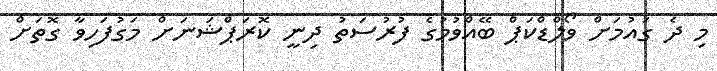
މި ދެ ގައުމަށް ވޯލްޑްކަޕް ބޭއްވުމުގެ ފުރުސަތު ދިނީ ކޮރަޕްޝަނަށް މަގުފަހިވާ ގޮތަށް